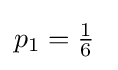
p_{1}=\textstyle {\frac {1}{6}}\